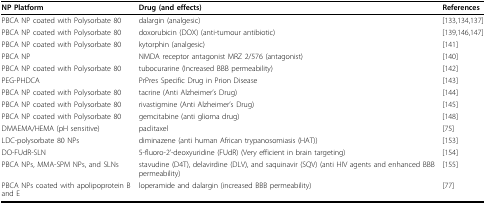
<table><thead><tr><td><b>NP Platform</b></td><td><b>Drug (and effects)</b></td><td><b>References</b></td></tr></thead><tbody><tr><td>PBCA NP coated with Polysorbate 80</td><td>dalargin (analgesic)</td><td>[133,134,137]</td></tr><tr><td>PBCA NP coated with Polysorbate 80</td><td>doxorubicin (DOX) (anti-tumour antibiotic)</td><td>[139,146,147]</td></tr><tr><td>PBCA NP coated with Polysorbate 80</td><td>kytorphin (analgesic)</td><td>[141]</td></tr><tr><td>PBCA NP</td><td>NMDA receptor antagonist MRZ 2/576 (antagonist)</td><td>[140]</td></tr><tr><td>PBCA NP coated with Polysorbate 80</td><td>tubocurarine (Increased BBB permeability)</td><td>[142]</td></tr><tr><td>PEG-PHDCA</td><td>PrPres Specific Drug in Prion Disease</td><td>[143]</td></tr><tr><td>PBCA NP coated with Polysorbate 80</td><td>tacrine (Anti Alzheimer&#x27;s Drug)</td><td>[144]</td></tr><tr><td>PBCA NP coated with Polysorbate 80</td><td>rivastigmine (Anti Alzheimer&#x27;s Drug)</td><td>[145]</td></tr><tr><td>PBCA NP coated with Polysorbate 80</td><td>gemcitabine (anti glioma drug)</td><td>[148]</td></tr><tr><td>DMAEMA/HEMA (pH sensitive)</td><td>paclitaxel</td><td>[75]</td></tr><tr><td>LDC-polysorbate 80 NPs</td><td>diminazene (anti human African trypanosomiasis (HAT))</td><td>[153]</td></tr><tr><td>DO-FUdR-SLN</td><td>5-fluoro-2&#x27;-deoxyuridine (FUdR) (Very efficient in brain targeting)</td><td>[154]</td></tr><tr><td>PBCA NPs, MMA-SPM NPs, and SLNs</td><td>stavudine (D4T), delavirdine (DLV), and saquinavir (SQV) (anti HIV agents and enhanced BBB permeability)</td><td>[155]</td></tr><tr><td>PBCA NPs coated with apolipoprotein B and E</td><td>loperamide and dalargin (increased BBB permeability)</td><td>[77]</td></tr></tbody></table>